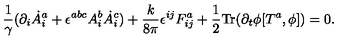
\frac { 1 } { \gamma } ( \partial _ { i } \dot { A } _ { i } ^ { a } + \epsilon ^ { a b c } A _ { i } ^ { b } \dot { A } _ { i } ^ { c } ) + \frac { k } { 8 \pi } \epsilon ^ { i j } F _ { i j } ^ { a } + \frac { 1 } { 2 } \mathrm { T r } ( \partial _ { t } \phi [ T ^ { a } , \phi ] ) = 0 .